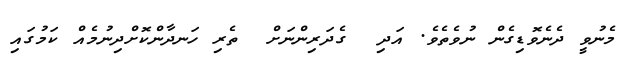
މެނުވީ ދެނެވޮޑިގެން ނުވެތެވެ. އަދި  ގެދަރިންނަށް  ތެރި ހަނދާންކޮށްދިނުމެއް ކަމުގައި